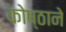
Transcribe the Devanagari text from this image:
कोष्ठाने